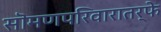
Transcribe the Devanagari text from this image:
सॊमणपरिवारातर्फे